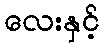
လေးနှင့်